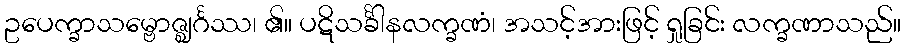
ဥပေက္ခာသမ္ဗောဇ္ဈင်္ဂဿ၊ ၏။ ပဋိသင်္ခါနလက္ခဏံ၊ အသင့်အားဖြင့် ရှုခြင်း လက္ခဏာသည်။